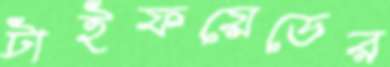
টাইফয়েডের